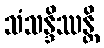
သံသန္ဒိဿန္တိ